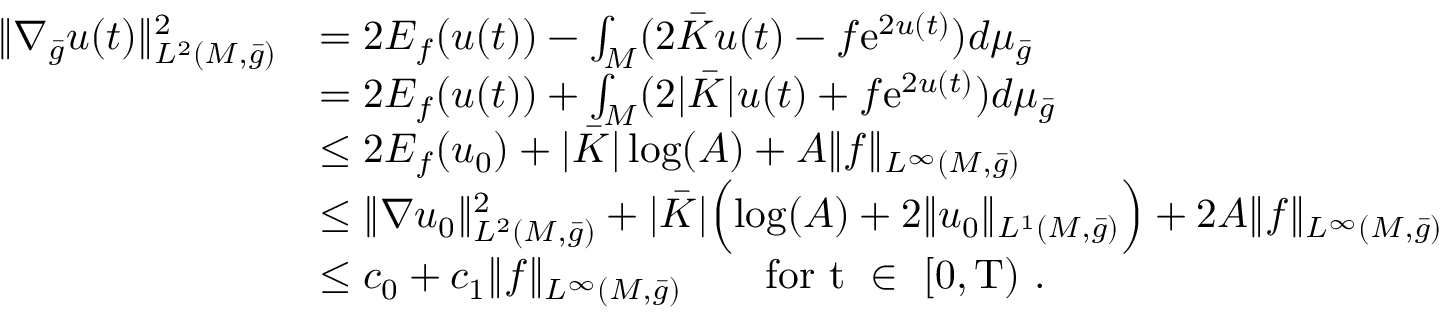
\begin{array} { r l } { \| \nabla _ { \bar { g } } u ( t ) \| _ { L ^ { 2 } ( M , \bar { g } ) } ^ { 2 } } & { = 2 E _ { f } ( u ( t ) ) - \int _ { M } ( 2 \bar { K } u ( t ) - f \mathrm { e } ^ { 2 u ( t ) } ) d \mu _ { \bar { g } } } \\ & { = 2 E _ { f } ( u ( t ) ) + \int _ { M } ( 2 | \bar { K } | u ( t ) + f \mathrm { e } ^ { 2 u ( t ) } ) d \mu _ { \bar { g } } } \\ & { \le 2 E _ { f } ( u _ { 0 } ) + | \bar { K } | \log ( A ) + A \| f \| _ { L ^ { \infty } ( M , \bar { g } ) } } \\ & { \le \| \nabla u _ { 0 } \| _ { L ^ { 2 } ( M , \bar { g } ) } ^ { 2 } + | \bar { K } | \Bigl ( \log ( A ) + 2 \| u _ { 0 } \| _ { L ^ { 1 } ( M , \bar { g } ) } \Bigr ) + 2 A \| f \| _ { L ^ { \infty } ( M , \bar { g } ) } } \\ & { \le c _ { 0 } + c _ { 1 } \| f \| _ { L ^ { \infty } ( M , \bar { g } ) } \qquad \mathrm { f o r ~ t ~ \in ~ [ 0 , T ) ~ . } } \end{array}